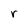
Character: r